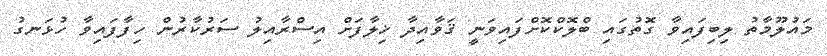
މައުލޫމާތު ލިބިފައިވާ ގޮތުގައި ބްލޮކްކޮށްފައިވަނީ ޤަވާއިދާ ޚިލާފަށް އިސްރާއިލު ސަރުކާރުން ހިފާފައިވާ ހުޅަނގު